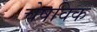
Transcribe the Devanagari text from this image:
चेषविक